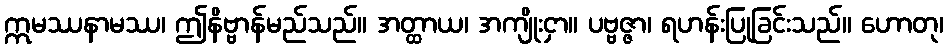
ဣမဿနာမဿ၊ ဤနိဗ္ဗာန်မည်သည်။ အတ္ထာယ၊ အကျိုးငှာ။ ပဗ္ဗဇ္ဇာ၊ ရဟန်းပြုခြင်းသည်။ ဟောတု၊